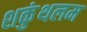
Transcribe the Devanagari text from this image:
शकुंथलम